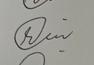
Signature authenticity: genuine